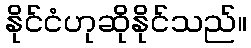
နိုင်ငံဟုဆိုနိုင်သည်။